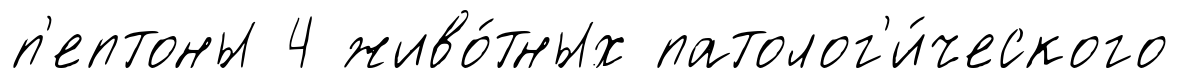
п'ептоны 4 живо́тных патолог'и́ческого